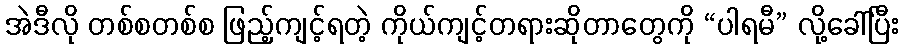
အဲဒီလို တစ်စတစ်စ ဖြည့်ကျင့်ရတဲ့ ကိုယ်ကျင့်တရားဆိုတာတွေကို “ပါရမီ” လို့ခေါ်ပြီး